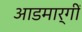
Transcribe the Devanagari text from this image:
आडमार्गीं